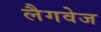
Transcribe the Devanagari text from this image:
लैगवेज